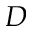
D